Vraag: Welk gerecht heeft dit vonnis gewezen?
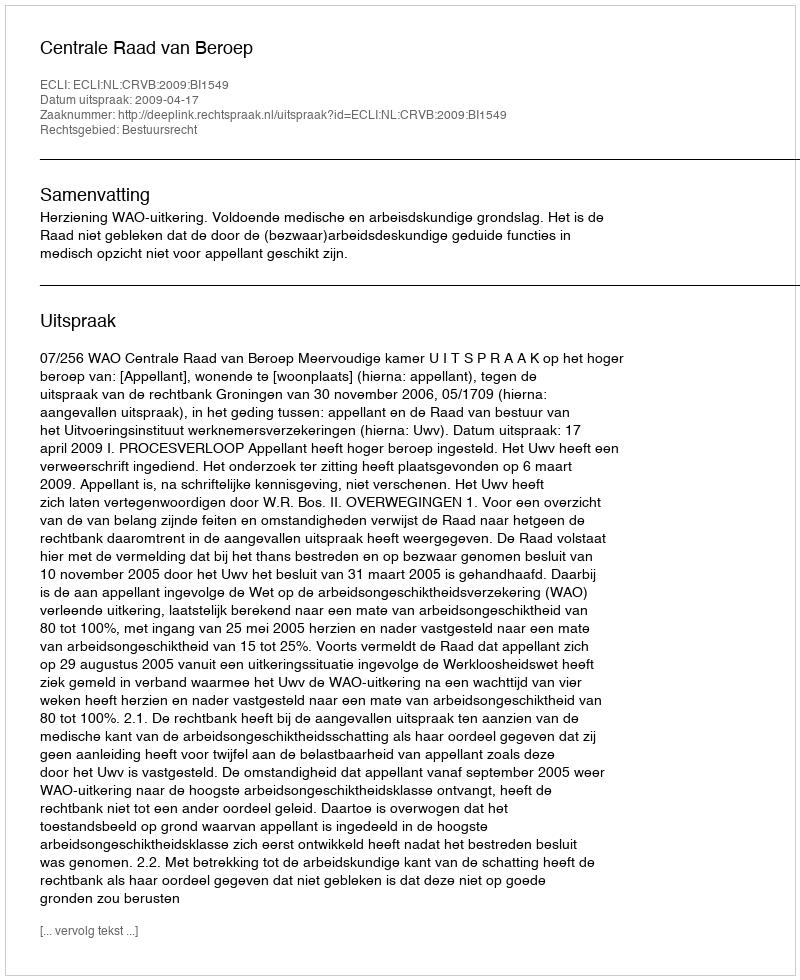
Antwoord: Centrale Raad van Beroep